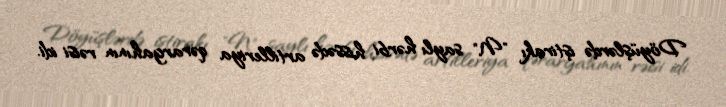
Döyüşlərdə iştirakı "N" saylı hərbi hissədə artilleriya qərargahının rəisi idi.